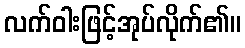
လက်ဝါးဖြင့်အုပ်လိုက်၏။